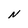
Character: N